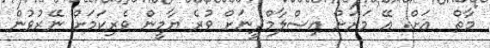
މާތް  އަށް. އޭ މަށަށް އިސްލާމްދީނަށް ވުރެ ޔާމީން ވެރިކަމަށް ނޭރުވުން